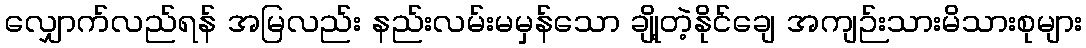
လျှောက်လည်ရန် အမြလည်း နည်းလမ်းမမှန်သော ချို့တဲ့နိုင်ချေ အကျဉ်းသားမိသားစုများ